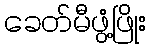
ခေတ်မီဖွံ့ဖြိုး